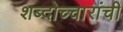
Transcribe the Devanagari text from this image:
शब्दोच्चारांची